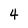
Character: 4